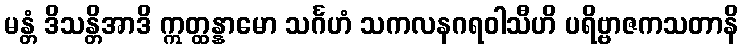
မန္တံ ဒိသန္တိအာဒိ ဣတ္ထန္နာမော သင်္ဂဟံ သကလနဂရဝါသီဟိ ပရိဗ္ဗာဇကသတာနိ